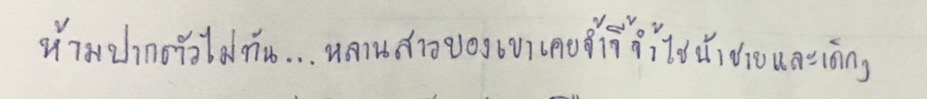
ห้ามปากตัวไม่ทัน...หลานสาวของเขาเคยจ้ำจี้จ้ำไชน้าชายและเด็กๆ